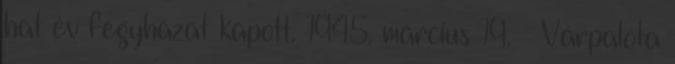
hat év fegyházat kapott. 1945. március 19. – Várpalota